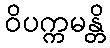
ဝိပက္ကမန္တိ